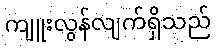
ကျူးလွန်လျက်ရှိသည်